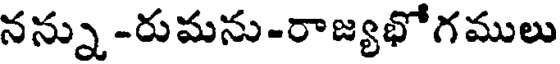
నన్ను -రుమను-రాజ్యభోగములు